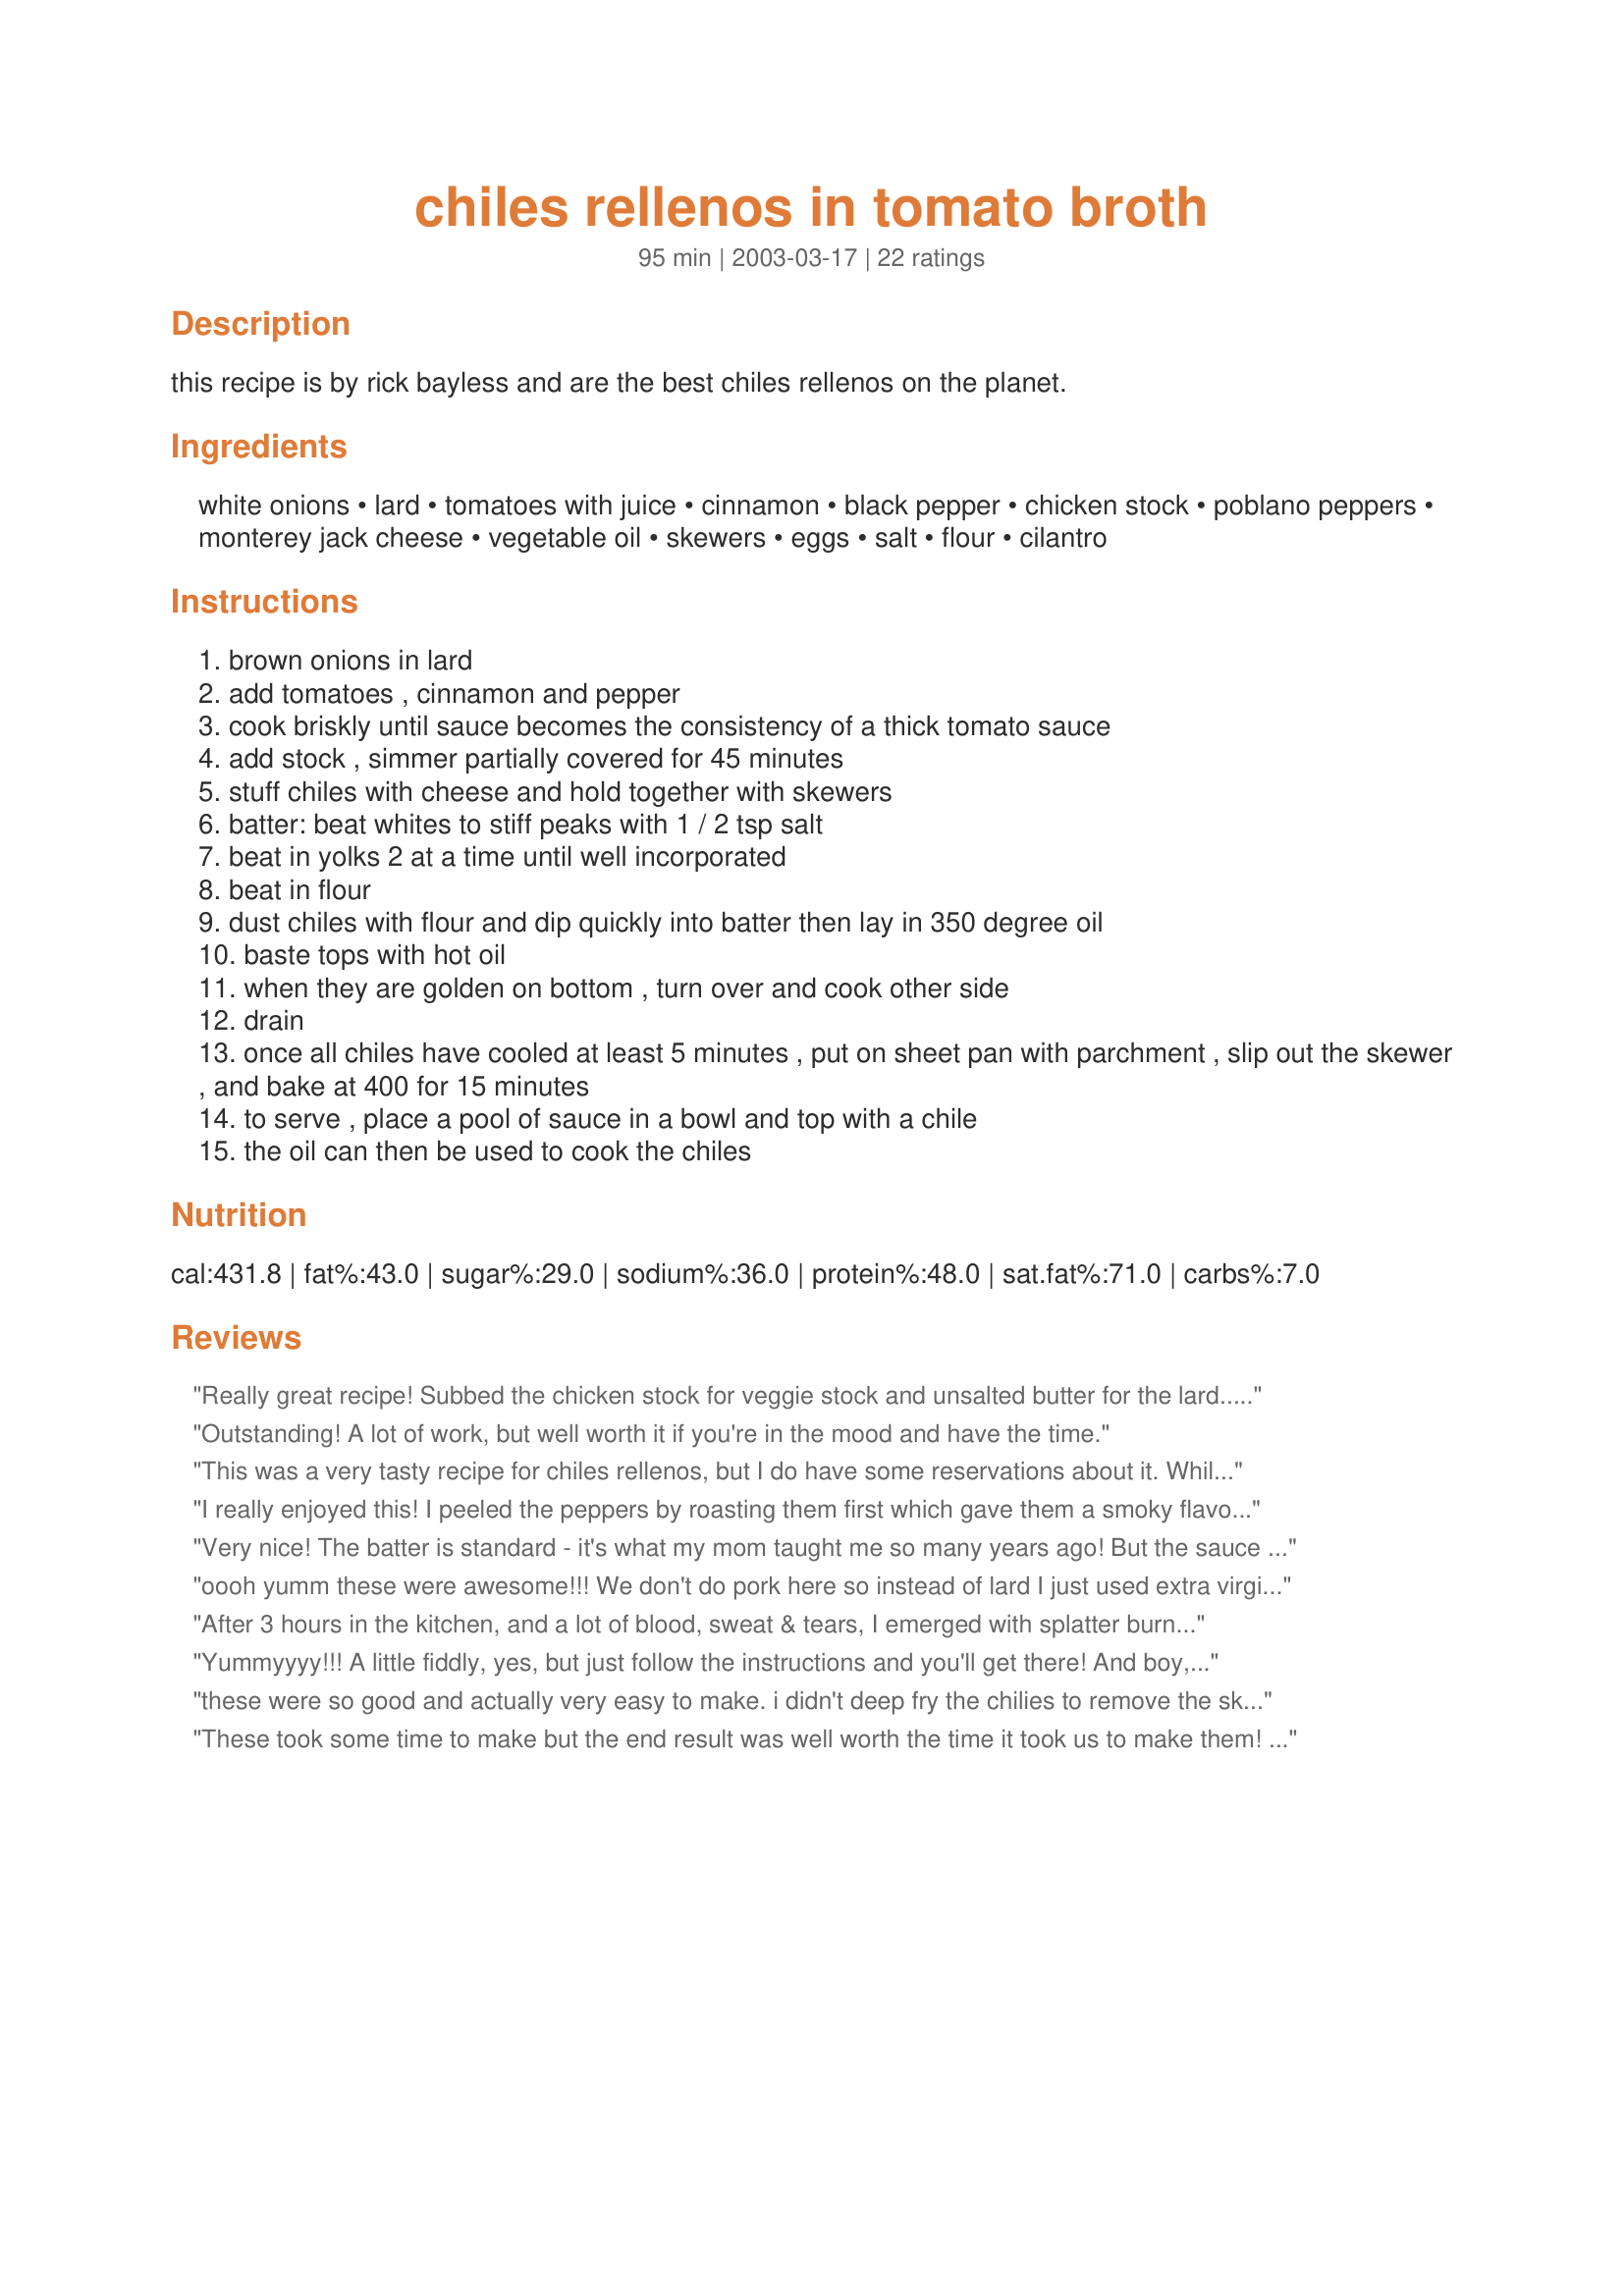
chiles rellenos in tomato broth
Preparation time: 95 minutes

this recipe is by rick bayless and are the best chiles rellenos on the planet.

Ingredients:
white onions, lard, tomatoes with juice, cinnamon, black pepper, chicken stock, poblano peppers, monterey jack cheese, vegetable oil, skewers, eggs, salt, flour, cilantro

Steps:
brown onions in lard
add tomatoes , cinnamon and pepper
cook briskly until sauce becomes the consistency of a thick tomato sauce
add stock , simmer partially covered for 45 minutes
stuff chiles with cheese and hold together with skewers
batter: beat whites to stiff peaks with 1 / 2 tsp salt
beat in yolks 2 at a time until well incorporated
beat in flour
dust chiles with flour and dip quickly into batter then lay in 350 degree oil
baste tops with hot oil
when they are golden on bottom , turn over and cook other side
drain
once all chiles have cooled at least 5 minutes , put on sheet pan with parchment , slip out the skewer , and bake at 400 for 15 minutes
to serve , place a pool of sauce in a bowl and top with a chile
the oil can then be used to cook the chiles

Reviews:
Really great recipe! Subbed the chicken stock for veggie stock and unsalted butter for the lard...still turned out wonderful!
Outstanding! A lot of work, but well worth it if you're in the mood and have the time.
This was a very tasty recipe for chiles rellenos, but I do have some reservations about it. While this was indeed a nice, delicate dish, I would prefer something that was more robust and hearty. The cinnamon in the sauce was alright, but I'd prefer garlic and/or cumin. I also used asadero cheese instead of monterey jack, but I think the monterey jack would've been better. The batter was nice though; not too thick and bready.
I really enjoyed this! I peeled the peppers by roasting them first which gave them a smoky flavow--really went well with the tomato sauce. Yet another winning recipe from Mean Chef
Very nice! The batter is standard - it's what my mom taught me so many years ago! But the sauce was somewhat different - the cinnamon gave it an amazing taste. The house smelled so GOOD while it was simmering! We actually thought there might be too much cinnamon in there, but once you get it on the chile relleno it really mellows out. We did add a couple of teaspoons of sugar though, maybe our tomatoes were a bit acidic. My advice to anyone making chiles rellenos, any recipe, is to do the chiles from scratch. There's nothing like the taste of a freshly roasted chile.
oooh yumm these were awesome!!! We don't do pork here so instead of lard I just used extra virgin olive oil and the sauce was delicious :D It was so easy to peel the skin by frying them in the oil :D thanks for another great recipe!!
After 3 hours in the kitchen, and a lot of blood, sweat & tears, I emerged with splatter burns and a beautiful platter of chiles rellenos, rice & beans. I have to agree, these are the best chiles rellenos on the planet. The tomato broth is absolutely to-die-for and who would have thought so few ingredients could produce such a complex-tasting sauce! I've never tried the deep fry method of blistering the chiles to remove the skin. I think I am a convert. I have broiled, roasted, flamed & BBQ'd chiles, but never had the skin come off so easily. I didnt' use skewers, because I couldn't figure out the logistics of how to use them and fry them in my deep skillet. I used toothpicks. Thank you for a wonderful recipe.
Yummyyyy!!! A little fiddly, yes, but just follow the instructions and you'll get there! And boy, will you be happy with them!
these were so good and actually very easy to make. i didn't deep fry the chilies to remove the skins and boy how i wish i would have, the next time i make them i will use that tip. thanks mean these were great.
These took some time to make but the end result was well worth the time it took us to make them! We loved the sauce and the spices used were a perfect blend. I look forward to showing off my cooking talents with friends soon when I present these to them to try! What a great recipe this is. Try it!
OH MY!!!THESE "CHILES" ARE THE BEST BY FAR!!!QUE SABROSOS!!!MY FAMILY DID NOT BELIEVE I MADE THEM.WE USED TO HAVE THEM DRY BUT THE TOMATOE BROTH MADE THEM SO MUCH TASTIER .gracias for posting!!I mean that very much.
I relinquished part of my lazy Sunday to prepare these chile rellenos for my DH. He loved them. The flavors meld well to form a fantastic final dish. I may never be able to get my DH to eat my healthier grilled version again. LOL
Yes, these are the best on the planet... maybe in the universe.
This is absolutely the best recipe for chile rellanos. I use dark green anchos and roast them over coals to remove the skins. The tomato broth with cinnamon gives them the most delicate flavor. This is the way rellenos should be made!
These were fabulous, Chiles Rellenos! This summer, we had an over-abundance of marconi peppers, so I used some to make these rellenos. I know, I know, marconi's aren't the standard pepper to be used, but they were still fabulous! Since this recipe makes ALOT, I would be curious to find out how well these would freeze.

Great recipe. Thanks for posting, Mean Chef!
This was, without question, the most difficult recipe I've ever tackled. Hey, it *sounded* simple enough. Four hours later, I was a l'il greasy spot on the kitchen floor.......but my guests were scraping their plates. And I learned a lot.

I used my Fry Daddy to prepare the peppers for peeling, sticking religiously to the 45-second time frame suggested. This was stupid. Only 1 pepper out of 8 turned out to be 'ready'. It looked -- how shall I describe this? -- like it had been covered with crushed up plastic wrap. It was easier to peel than a hard-boiled egg. The rest were a nightmare. So DON'T take them out too soon!

Skewers may be cool, but they don't work well. They interfere something awful when you try to dredge in flour and dip in batter! Use toothpicks.

Rick Bayless is beyond talented. Chef Mean Chef has managed to push me to new limits. I'm indebted to both......I think. :) 

 

 


These are incredible. Very impressive. I did learn a thing or two about peeling poblanos, but everything turned out fine (luckily had a couple extras!) The tomato broth was truly exceptional. I froze two poblanos and a bit of sauce, because it will be awhile before we eat like this again. Thanks so much for posting and recommending, MC!
Burnt my finger frying the peppers prior to removing the skin, but it was soo worth it.Words can not describe how good these peppers are.The sauce puts a whole new spin on it for me, and since I plan on making them often, I will make a big batch of the sauce and just keep it in the freezer till needed.
Superb recipe!!
I'm not a Bayless fan, he cheats or ate in places in Mexico I was never in. No cinnamon in that sauce. Bay leaf, marjoram, a clove or two, but no cinnamon.

The flour in the coating is unnececssary, I make them all the time and only use the eggs.

Fry the poblanos in oil until blistered and then put them in a tea towel inside a plastic bag to steam.

I used queso fresco, which is authentic, or you can use panela and sauteed mushrooms.

I use toothpicks to seal the chiles.
These labor-intensive little buggers are a real treat. Very rich and gooey with cheese YUM and the tomato broth is substantial with a smokiness to it. Very delicious.
I learned to make chile rellanos watching a cook in Tiajuana, and for 40 years have made them using canned chilies, only recently our supermarket started carying fresh pablanos, which I roasted in an open flame. Not to long ago I was visiting my DD in Taos, we ate at a great simple restaurant called Guadalajaras where you could see the kitchen and guess what they were deep frying fresh pablanos, now thats the only way to go, easy and fast, I do try to remove the main bunch of seeds out. The sauce is called Ranchero Sauce, tomatoes, onions, bell, jalapeno peppers, chicken stock, cumin if you want. In a pinch you could just heat canned salsa, thin it with a little chicken stock if you have it. I fill my chilies with Jach or cheddar cheese. Lately I have only dipped them in beaten egg then in flour.They come out very crisp and don't absorb so much oil. But they are good both ways
Great rellenos. I fried the chilies but think next time I will use the broiler. It has a lot of steps but not difficult. Loved the sauce and love the batter. I added some chorizo along with the cheese which made it good and spicy. I cut the recipe for two but got three rellenos and had batter left to do one more if I had done 4 of the passilla chilies.
